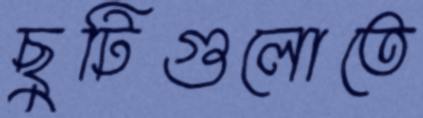
ছুটিগুলোতে